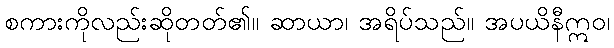
စကားကိုလည်းဆိုတတ်၏။ ဆာယာ၊ အရိပ်သည်။ အပယိနီဣဝ၊